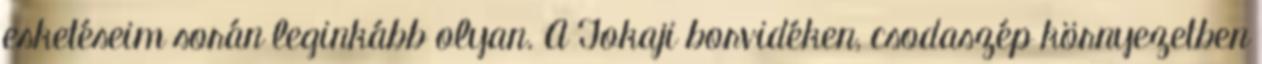
esketéseim során leginkább olyan. A Tokaji borvidéken, csodaszép környezetben